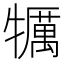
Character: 犡